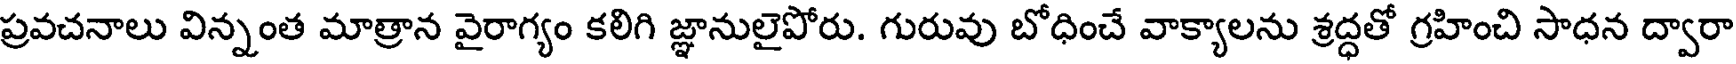
ప్రవచనాలు విన్నంత మాత్రాన వైరాగ్యం కలిగి జ్ఞానులైపోరు. గురువు బోధించే వాక్యాలను శ్రద్ధతో గ్రహించి సాధన ద్వారా